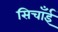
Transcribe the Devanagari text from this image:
सिचाँई